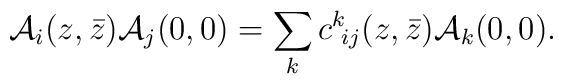
{\cal A}_i(z,\bar z) {\cal A}_j(0,0)= \sum_k c^k\!_{ij}(z,\bar z){\cal A}_k(0,0).